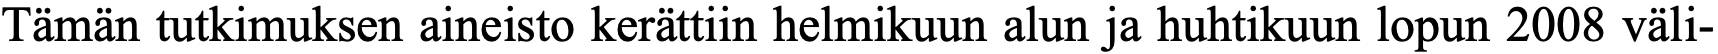
Tämän tutkimuksen aineisto kerättiin helmikuun alun ja huhtikuun lopun 2008 väli-